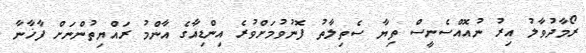
ރޯމާދުވާލު އިރު ނުއޮއްސެނީސް ތިޔާ ސެތިލާތު ފޮނުވުމަށްވުރެ އިންޑިއާގެ އާންމު ރައްޔިތުންނަށް ފާޚާނާ